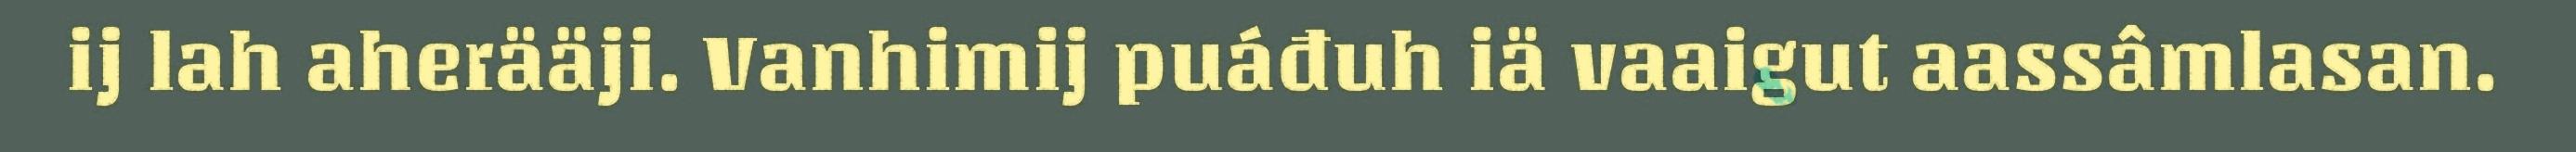
ij lah aherääji. Vanhimij puáđuh iä vaaigut aassâmlasan.